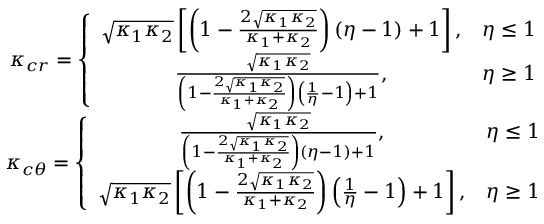
\begin{array} { c } { \kappa _ { c r } = \left\lbrace \begin{array} { c c } { \sqrt { \kappa _ { 1 } \kappa _ { 2 } } \left[ \left( 1 - \frac { 2 \sqrt { \kappa _ { 1 } \kappa _ { 2 } } } { \kappa _ { 1 } + \kappa _ { 2 } } \right) ( \eta - 1 ) + 1 \right] , } & { \eta \le 1 } \\ { \frac { \sqrt { \kappa _ { 1 } \kappa _ { 2 } } } { \left( 1 - \frac { 2 \sqrt { \kappa _ { 1 } \kappa _ { 2 } } } { \kappa _ { 1 } + \kappa _ { 2 } } \right) \left( \frac { 1 } { \eta } - 1 \right) + 1 } , } & { \eta \ge 1 } \end{array} \right. } \\ { \kappa _ { c \theta } = \left\lbrace \begin{array} { c c } { \frac { \sqrt { \kappa _ { 1 } \kappa _ { 2 } } } { \left( 1 - \frac { 2 \sqrt { \kappa _ { 1 } \kappa _ { 2 } } } { \kappa _ { 1 } + \kappa _ { 2 } } \right) ( \eta - 1 ) + 1 } , } & { \eta \le 1 } \\ { \sqrt { \kappa _ { 1 } \kappa _ { 2 } } \left[ \left( 1 - \frac { 2 \sqrt { \kappa _ { 1 } \kappa _ { 2 } } } { \kappa _ { 1 } + \kappa _ { 2 } } \right) \left( \frac { 1 } { \eta } - 1 \right) + 1 \right] , } & { \eta \ge 1 } \end{array} \right. } \end{array}